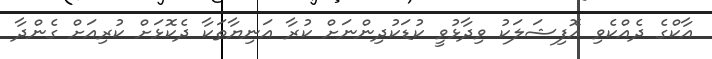
އާކްގެ ދެއްކެވި އޮފިޝަލަކު ވިދާޅުވީ ކުޑަކުދިންނަށް ކުރާ އަނިޔާތަކާ ދެކޮޅަށް ކުރިއަށް ގެންދާ